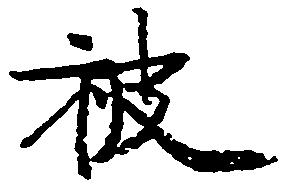
被